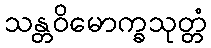
သန္တဝိမောက္ခသုတ္တံ